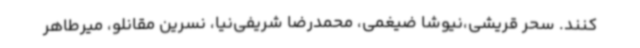
کنند. سحر قریشی،نیوشا ضیغمی، محمدرضا شریفی‌نیا، نسرین مقانلو، میرطاهر